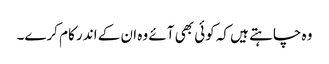
وہ چاہتے ہیں کہ کوئی بھی آئے وہ ان کے اندر کام کرے۔